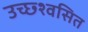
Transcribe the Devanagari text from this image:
उच्छ्श्वसित